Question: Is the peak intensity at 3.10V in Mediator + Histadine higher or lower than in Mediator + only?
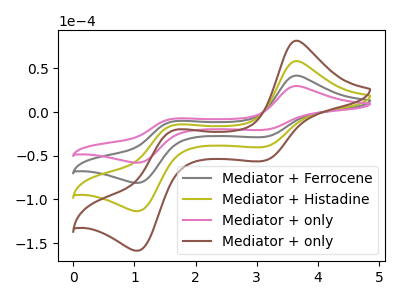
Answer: <think>The gray curve "Mediator + Ferrocene" has anodic peaks at (3.65V, 41.80uA) (1.65V, -10.65uA) and cathodic peaks at (3.10V, -28.60uA) (1.05V, -81.20uA). The olive curve "Mediator + Histadine" has anodic peaks at (3.65V, 83.55uA) (1.65V, -21.30uA) and cathodic peaks at (3.10V, -57.25uA) (1.05V, -162.35uA). The pink curve "Mediator + only" has anodic peaks at (3.65V, 29.85uA) (1.65V, -7.60uA) and cathodic peaks at (3.10V, -20.45uA) (1.05V, -58.05uA). The brown curve "Mediator + only" has anodic peaks at (3.65V, 125.35uA) (1.65V, -31.95uA) and cathodic peaks at (3.10V, -85.85uA) (1.05V, -243.55uA).</think>
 <answer>The peak at 3.10V is lower in "Mediator + Histadine" than in "Mediator + only".</answer>
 <eval>lower</eval>